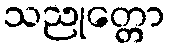
သညုတ္တော